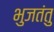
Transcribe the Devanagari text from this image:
भुजतंतु